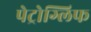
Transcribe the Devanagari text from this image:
पेट्रोग्लिफ